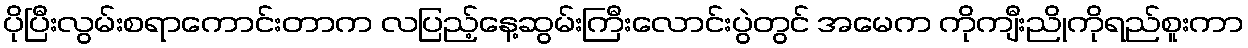
ပိုပြီးလွမ်းစရာကောင်းတာက လပြည့်နေ့ဆွမ်းကြီးလောင်းပွဲတွင် အမေက ကိုကျီးညိုကိုရည်စူးကာ